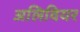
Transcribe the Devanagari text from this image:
अलिवियर